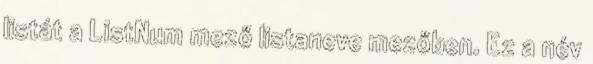
listát a ListNum mező listaneve mezőben. Ez a név